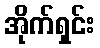
အိုက်ရှင်း